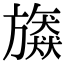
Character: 𣄠